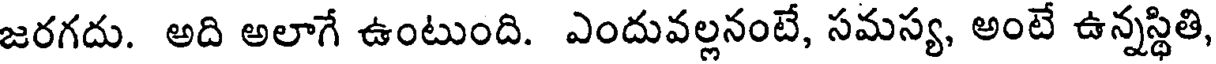
జరగదు. అది అలాగే ఉంటుంది. ఎందువల్లనంటే, సమస్య, అంటే ఉన్నస్థితి